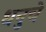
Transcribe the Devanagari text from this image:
धनुचे